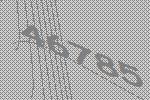
46785